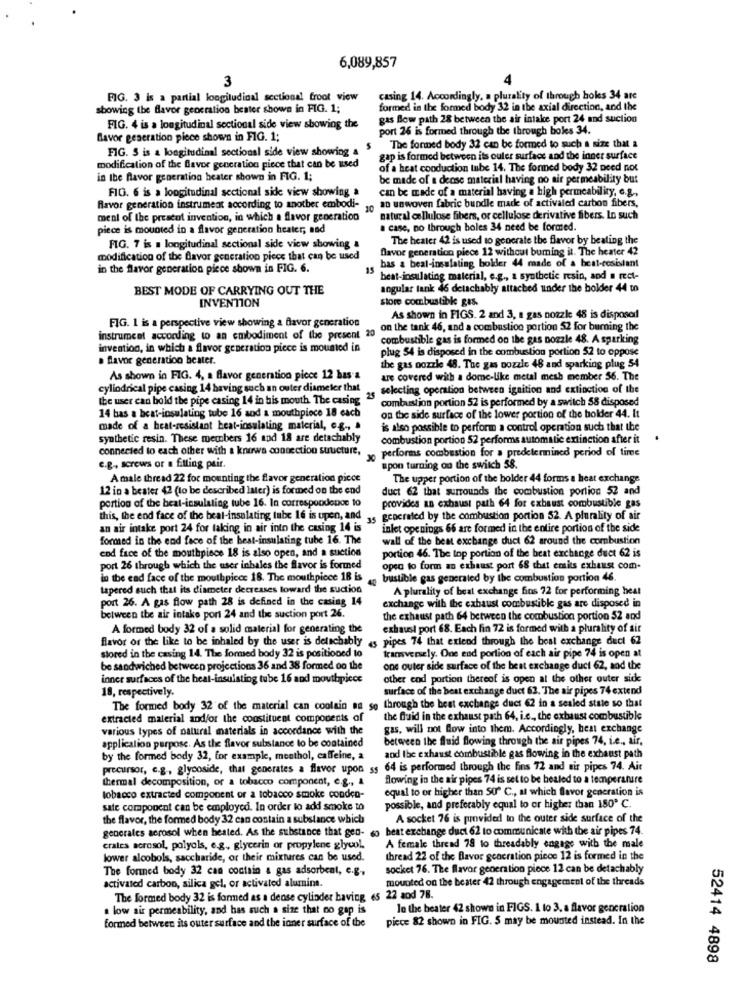
6,089,857
3
4
FIG. 3 is a partial longitudinal sectional froot view
casing 14. Accordingly, a plurality of through boles 34 are
showing the flavor geocration bester shown in FIG. 1;
formed in the formed body 32 in the axial direction, and the
gas Blow path 28 between the air intake port 24 and suction
FIG. 4 is a longitudinal sectional side view showing the
port 26 is formed through the through boles 34.
favor generation piece shown in FIG. 1;
FIG. 5 is a longitudinal sectional side view showing a
The formed body 32 can be formed to such a size that a
gap is formed between its outer surface and the inner surface
modification of the flavor generation piece that can be used
of a heat conduction tube 14. The forned body 32 need next
in the flavor generation heater shown in FIG. 1;
be made of a dense material having no air permeability but
FIG. 6 is a longitudinal sectional side view showing a
can be made of a material having a high permeability, e.g .,
an unwoven fabric bundle made of activated carbon fibers,
flavor generation instrument according to another embodi-
10
ment of the prescot invention, in which a flavor generation
natural cellulose fibers, or cellulose derivative fibers. In such
piece is mounted in a flavor generation heater; nad
a case, no through boles 34 need be formed.
The heater 42 is used to generate the flavor by beating the
FIG. 7 is a longitudinal sectional side view showing a
Davor generation piece 12 without buming it. The heater 42
modification of the flavor generation piece that can be used
in the flavor generation piece shown in FIG. 6.
bas a beat-insulating bolder 44 made of a beat-resistant
beat-insulating material, e.g ., a synthetic resin, and a rect-
BEST MODE OF CARRYING OUT THE
angular tank 46 delachably attached under the bolder 44 to
INVENTION
Store combustible gas.
FIG. 1 is a perspective view showing a flavor generation
As shown in FIGS. 2 and 3, a gas nozzle 48 is disposed
on the tank 46, and a combustion portion 52 for burning the
instrument according to an embodiment of the present 20
combustible gas is formed on the gas nozzle 48. A sparking
invention, in which a flavor generation piece is mounted in
plug 54 is disposed in the combustion portion 52 to oppose
. flavor generation bester.
the gas nozzle 48. The gas nozzle 48 and sparking plug 54
As shown in FIG. 4, a flavor generation piece 12 has a
are covered with a dome-like metal mesh member 56. The
cylindrical pipe casing 14 having such an outer diameter that
selecting operation between ignition and extinction of the
the user can bold the pipe casing 14 in his mouth The casing
combustion portion 52 is performed by a switch 58 disposed
14 bas a beat-insulating tube 16 and a mouthpiece 18 each
on the side surface of the lower portion of the bolder 44. It
made of a heat-resistant heat-insulating material, e.g ., .
is also possible to perform a control operation such that the
synthetic resin. These members 16 and 18 are detachably
combustion portion 52 performs automatic extinction after it
connected to each other with a knows connection suucture,
xo performs combustion for a predetermined period of time
e.g ., screws or a ftling pair.
spon turning on the switch 58.
A male thread 22 for mounting the flavor generation piece
The upper portion of the bolder 44 forms a heat exchange
12 in a beater 42 (to be described later) is formed on the end
duct 62 that surrounds the combustion portion 52 and
portion of the beat-insulating tube 16. In correspondence to
provides an exhaust path 64 for exhaust combustible gas
this, the end face of the beat-insulating tube 16 is open, and ,. generated by the combustion portion 52. A plurality of air
an air intake port 24 for taking in air into the casing 14 is
inlet openings 66 are formed in the entire portion of the side
formed in the end face of the best-insulating tube 16. The
wall of the best exchange duct 62 around the combustion
cod face of the mouthpiece 18 is also open, and a suction
portion 46. The top portion of the beat exchange duct 62 is
port 26 through which the user inbales the flavor is formed
open to form an exhaust port 68 that emits exhaust com-
in the ead face of the mouthpiece 18. The mouthpiece 18 is
bustible gas generated by the combustion portion 46.
tapered such that its diameter decreases toward the suction
A plurality of beat exchange fins 72 for performing heat
port 26. A gas flow path 28 is defined in the casing 14
exchange with the exhaust combustible gas are disposed in
between the air intake port 24 and the suction port 26.
the exhaust path 64 between the combustion portion 52 and
A formed body 32 of a solid material for generating the
exhaust port 68. Each fin 72 is formed with a plurality of air
flavor of the like to be inhaled by the user is detachably
4s pipes 74 that extend through the boal exchange duct 62
stored in the casing 14. The formed body 32 is positioned to
transversely. One end portion of each air pipe 74 is open at
be sandwiched between projections 36 and 38 formed on the
one outer side surface of the best exchange duct 62, and the
inner surfaces of the heat-insulating tube 16 and mouthpiece
other end portion thereof is open at the other outer side
18, respectively.
surface of the best exchange duct 62. The air pipes 74 extend
The formed body 32 of the material can coolain as se through the best exchange duct 62 in a sealed state so that
extracted material and/or the constituent components of
the fluid in the exhaust path 64, i.e ., the exhaust combustible
various types of natural materials in accordance with the
gas, will not flow into them. Accordingly, beat exchange
between the fluid flowing through the air pipes 74, i.e ., air,
application purpose. As the flavor substance to be contained
by the formed body 32, for example, menthol, caffeine, a
and Ibe exhaust combustible gas flowing in the exhaust path
precursor, c.g ., glycoside, that generates a flavor upon ss 64 is performed through the fins 72 and sir pipes 74. Air
thermal decomposition, or a tobacco component, e.g ., &
flowing in the air pipes 74 is set to be healed to a temperature
equal to or higher than 50º C ., at which flavor generation is
tobacco extracted component or a tobacco smoke conden-
sate component can be employed. In order to add smoke to
possible, and preferably equal to or higher than 180º C.
the flavor, the formed body 32 can contain a substance which
A socket 76 is provided to the outer side surface of the
generales aerosol when heated. As the substance that gen- 6o beat exchange duct 62 to communicate with the air pipes 74.
crates acrosol, polyols, e.g ., glycerin or propylene glycol.
A female thread 78 to threadably engage with the male
lower alcobols, saccharide, or their mixtures can be used.
thread 22 of the Bavor generation piece 12 is formed in the
The formed body 32 can contain a gas adsorbent, e.g.
socket 76. The flavor generation piece 12 can be detachably
mounted on the bester 42 through engagement of the threads
activated carbon, silica gel, or activated alumine.
The formed body 32 is formed as a dense cylinder having es 22 and 78.
. low air permeability, and has such a size that no gap is
le the heater 42 shown in FIGS. 1 to 3. a flavor generation
piece 82 shown in FIG. 5 may be mounted instead. In the
formed between its outer surface and the inner surface of the
52414 4898